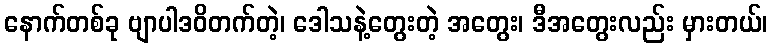
နောက်တစ်ခု ဗျာပါဒဝိတက်တဲ့၊ ဒေါသနဲ့တွေးတဲ့ အတွေး၊ ဒီအတွေးလည်း မှားတယ်၊